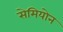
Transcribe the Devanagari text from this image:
सेमियोन